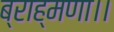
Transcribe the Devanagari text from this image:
ब्राह्मणा।।